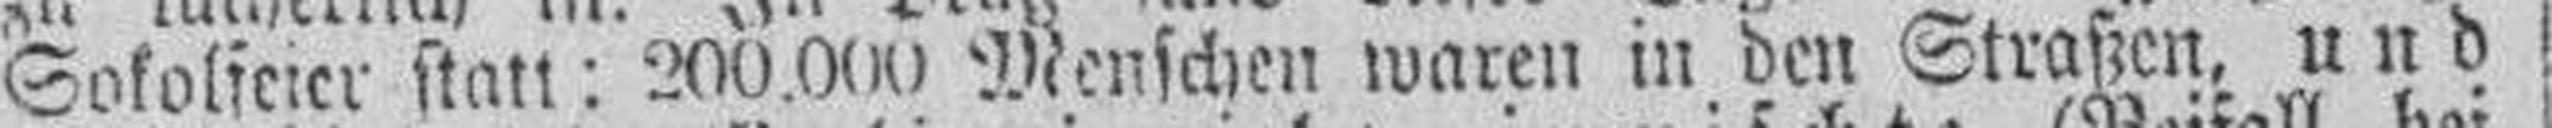
Sokolfeier statt: 200.000 Menschen waren in den Straßen, und